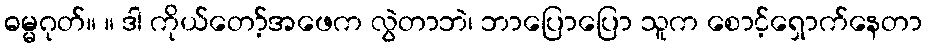
ဓမ္မဂုတ်။ ။ ဒါ ကိုယ်တော့်အဖေက လွဲတာဘဲ၊ ဘာပြောပြော သူက စောင့်ရှောက်နေတာ